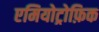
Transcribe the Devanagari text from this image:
एमियोट्रोफ़िक